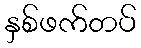
နှစ်ဖက်တပ်